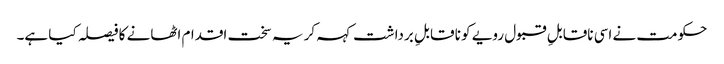
حکومت نے اسی ناقابلِ قبول رویے کو نا قابلِ برداشت کہہ کر یہ سخت اقدام اٹھانے کا فیصلہ کیا ہے۔